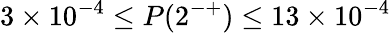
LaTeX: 3\times 10^{-4}\leq P(2^{-+})\leq 13\times 10^{-4}